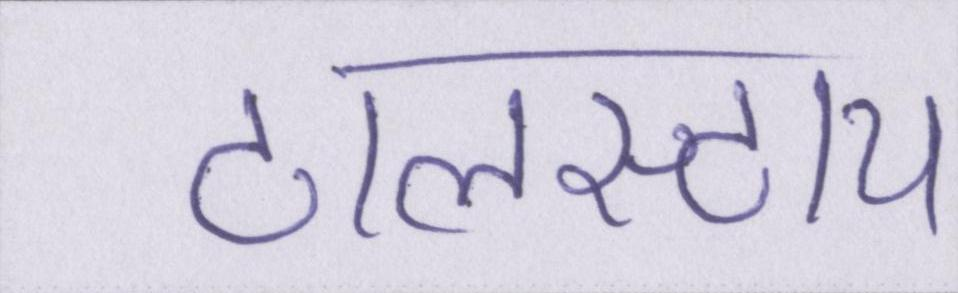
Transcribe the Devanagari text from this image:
टालस्टाय